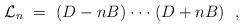
LaTeX: \begin{align*}{\cal L}_n \ = \ (D-nB) \cdot \cdot \cdot (D +nB)\ \ ,\end{align*}